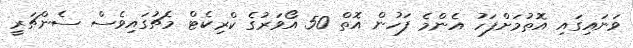
ވަނައިގައި އޮތުމަށްފަހު އެންމެ ފަހުން އޮތް 50 އޯވަރުގެ ކްރިކެޓް މެޗުގައިވެސް ސެންޗަރީ